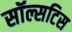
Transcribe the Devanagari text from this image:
सॉल्सटिस